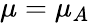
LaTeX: \mu=\mu_{A}